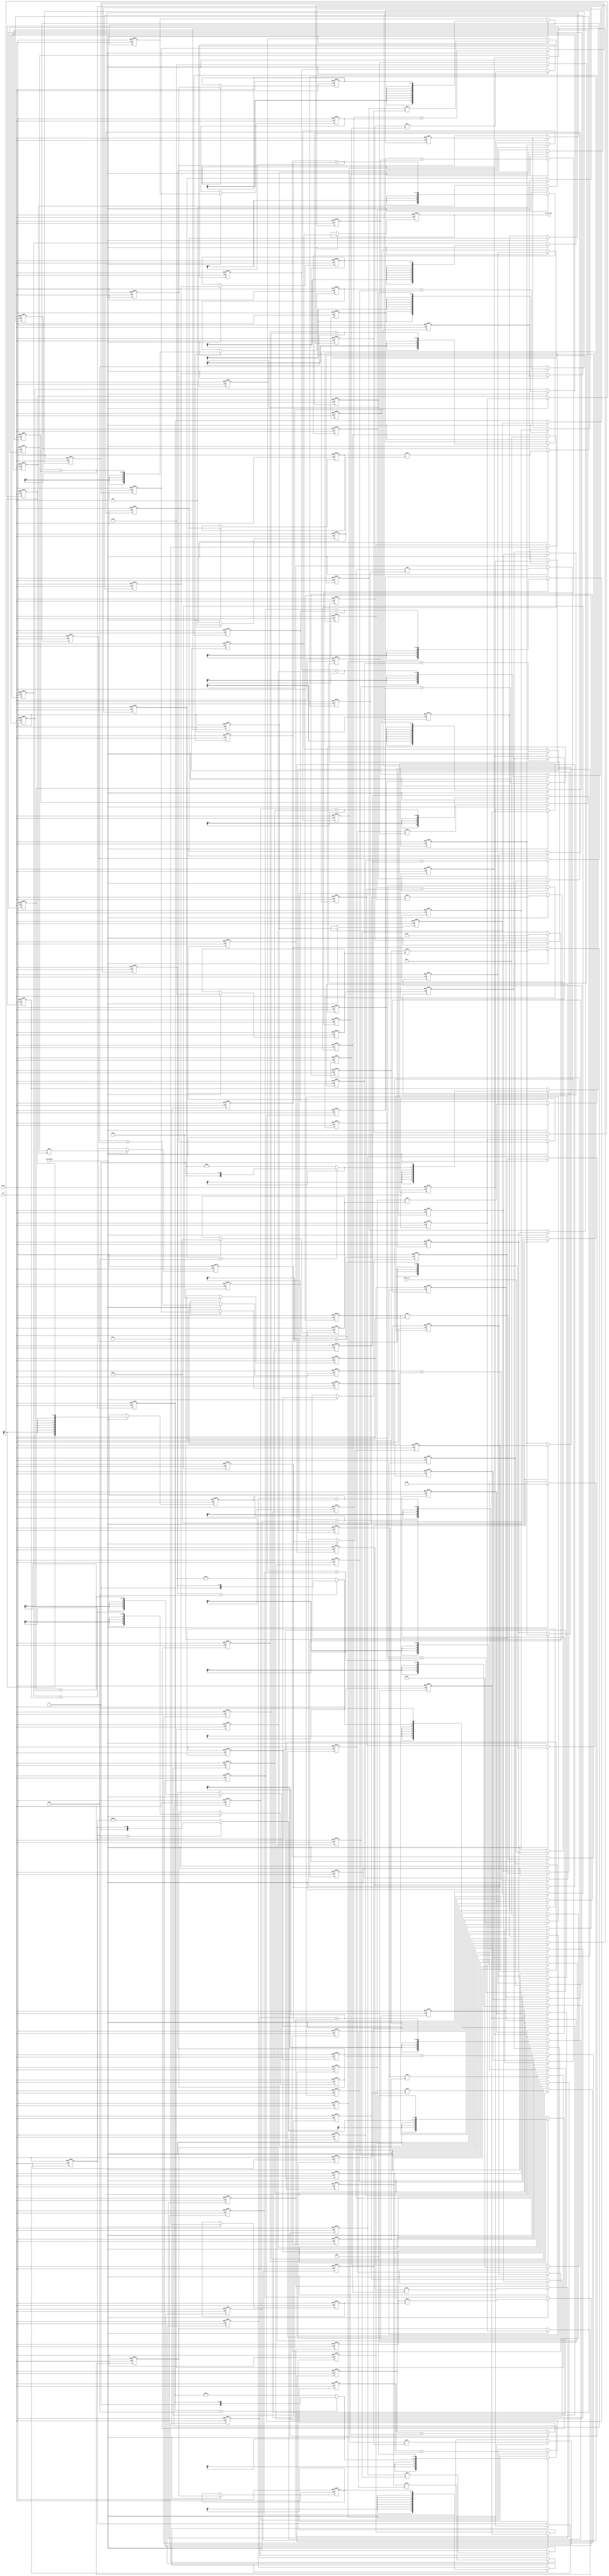
// -------------------------------------------------------------
//
// Module: fir_30_8b_1p
// Generated by MATLAB(R) 9.12 and Filter Design HDL Coder 3.1.11.
// Generated on: 2023-06-22 11:56:31
// -------------------------------------------------------------

// -------------------------------------------------------------
// HDL Code Generation Options:
//
// FIRAdderStyle: tree
// MultiplierInputPipeline: 1
// MultiplierOutputPipeline: 1
// OptimizeForHDL: on
// TargetDirectory: W:\Nikos\UTh\ \Project\FIR_30_Order\8b_fixed_point
// AddPipelineRegisters: on
// Name: fir_30_8b_1p
// InputDataType: numerictype(1,8,0)
// TargetLanguage: Verilog
// TestBenchName: fir_30_8b_1p_tb
// TestBenchStimulus: impulse step ramp chirp noise 

// Filter Specifications:
//
// Sample Rate     : 46 kHz
// Response        : Lowpass
// Specification   : N,Fp,Fst,Ap
// Stopband Edge   : 9.6 kHz
// Filter Order    : 30
// Passband Edge   : 8 kHz
// Passband Ripple : 60 dB
// -------------------------------------------------------------

// -------------------------------------------------------------
// HDL Implementation    : Fully parallel
// Folding Factor        : 1
// -------------------------------------------------------------
// Filter Settings:
//
// Discrete-Time FIR Filter (real)
// -------------------------------
// Filter Structure  : Direct-Form FIR
// Filter Length     : 31
// Stable            : Yes
// Linear Phase      : Yes (Type 1)
// Arithmetic        : fixed
// Numerator         : s8,8 -> [-5.000000e-01 5.000000e-01)
// -------------------------------------------------------------




`timescale 1 ns / 1 ns

module fir_30_8b_1p
               (
                clk,
                clk_enable,
                reset,
                filter_in,
                filter_out
                );

  input   clk; 
  input   clk_enable; 
  input   reset; 
  input   signed [7:0] filter_in; //sfix8
  output  signed [20:0] filter_out; //sfix21_En8

////////////////////////////////////////////////////////////////
//Module Architecture: fir_30_8b_1p
////////////////////////////////////////////////////////////////
  // Local Functions
  // Type Definitions
  // Constants
  parameter signed [7:0] coeff1 = 8'b00000000; //sfix8_En8
  parameter signed [7:0] coeff2 = 8'b00000000; //sfix8_En8
  parameter signed [7:0] coeff3 = 8'b00000001; //sfix8_En8
  parameter signed [7:0] coeff4 = 8'b00000001; //sfix8_En8
  parameter signed [7:0] coeff5 = 8'b00000001; //sfix8_En8
  parameter signed [7:0] coeff6 = 8'b11111110; //sfix8_En8
  parameter signed [7:0] coeff7 = 8'b11111000; //sfix8_En8
  parameter signed [7:0] coeff8 = 8'b11101110; //sfix8_En8
  parameter signed [7:0] coeff9 = 8'b11100001; //sfix8_En8
  parameter signed [7:0] coeff10 = 8'b11011000; //sfix8_En8
  parameter signed [7:0] coeff11 = 8'b11011001; //sfix8_En8
  parameter signed [7:0] coeff12 = 8'b11101001; //sfix8_En8
  parameter signed [7:0] coeff13 = 8'b00000110; //sfix8_En8
  parameter signed [7:0] coeff14 = 8'b00101010; //sfix8_En8
  parameter signed [7:0] coeff15 = 8'b01000111; //sfix8_En8
  parameter signed [7:0] coeff16 = 8'b01010011; //sfix8_En8
  parameter signed [7:0] coeff17 = 8'b01000111; //sfix8_En8
  parameter signed [7:0] coeff18 = 8'b00101010; //sfix8_En8
  parameter signed [7:0] coeff19 = 8'b00000110; //sfix8_En8
  parameter signed [7:0] coeff20 = 8'b11101001; //sfix8_En8
  parameter signed [7:0] coeff21 = 8'b11011001; //sfix8_En8
  parameter signed [7:0] coeff22 = 8'b11011000; //sfix8_En8
  parameter signed [7:0] coeff23 = 8'b11100001; //sfix8_En8
  parameter signed [7:0] coeff24 = 8'b11101110; //sfix8_En8
  parameter signed [7:0] coeff25 = 8'b11111000; //sfix8_En8
  parameter signed [7:0] coeff26 = 8'b11111110; //sfix8_En8
  parameter signed [7:0] coeff27 = 8'b00000001; //sfix8_En8
  parameter signed [7:0] coeff28 = 8'b00000001; //sfix8_En8
  parameter signed [7:0] coeff29 = 8'b00000001; //sfix8_En8
  parameter signed [7:0] coeff30 = 8'b00000000; //sfix8_En8
  parameter signed [7:0] coeff31 = 8'b00000000; //sfix8_En8

  // Signals
  reg  signed [7:0] delay_pipeline [0:30] ; // sfix8
  reg  signed [15:0] product29; // sfix16_En8
  reg  signed [7:0] delay_pipeline_28_pipe; // sfix8
  wire signed [15:0] product29_pipe; // sfix16_En8
  reg  signed [15:0] product28; // sfix16_En8
  reg  signed [7:0] delay_pipeline_27_pipe; // sfix8
  wire signed [15:0] product28_pipe; // sfix16_En8
  reg  signed [15:0] product27; // sfix16_En8
  reg  signed [7:0] delay_pipeline_26_pipe; // sfix8
  wire signed [15:0] product27_pipe; // sfix16_En8
  reg  signed [15:0] product26; // sfix16_En8
  reg  signed [7:0] delay_pipeline_25_pipe; // sfix8
  wire signed [15:0] product26_pipe; // sfix16_En8
  wire signed [8:0] mulpwr2_temp; // sfix9
  reg  signed [15:0] product25; // sfix16_En8
  reg  signed [7:0] delay_pipeline_24_pipe; // sfix8
  wire signed [15:0] product25_pipe; // sfix16_En8
  wire signed [8:0] mulpwr2_temp_1; // sfix9
  wire signed [15:0] product24; // sfix16_En8
  reg  signed [7:0] delay_pipeline_23_under_pipe; // sfix8
  reg  signed [7:0] coeff24_pipe; // sfix8_En8
  reg  signed [15:0] product24_pipe; // sfix16_En8
  wire signed [15:0] product23; // sfix16_En8
  reg  signed [7:0] delay_pipeline_22_under_pipe; // sfix8
  reg  signed [7:0] coeff23_pipe; // sfix8_En8
  reg  signed [15:0] product23_pipe; // sfix16_En8
  wire signed [15:0] product22; // sfix16_En8
  reg  signed [7:0] delay_pipeline_21_under_pipe; // sfix8
  reg  signed [7:0] coeff22_pipe; // sfix8_En8
  reg  signed [15:0] product22_pipe; // sfix16_En8
  wire signed [15:0] product21; // sfix16_En8
  reg  signed [7:0] delay_pipeline_20_under_pipe; // sfix8
  reg  signed [7:0] coeff21_pipe; // sfix8_En8
  reg  signed [15:0] product21_pipe; // sfix16_En8
  wire signed [15:0] product20; // sfix16_En8
  reg  signed [7:0] delay_pipeline_19_under_pipe; // sfix8
  reg  signed [7:0] coeff20_pipe; // sfix8_En8
  reg  signed [15:0] product20_pipe; // sfix16_En8
  wire signed [15:0] product19; // sfix16_En8
  reg  signed [7:0] delay_pipeline_18_under_pipe; // sfix8
  reg  signed [7:0] coeff19_pipe; // sfix8_En8
  reg  signed [15:0] product19_pipe; // sfix16_En8
  wire signed [15:0] product18; // sfix16_En8
  reg  signed [7:0] delay_pipeline_17_under_pipe; // sfix8
  reg  signed [7:0] coeff18_pipe; // sfix8_En8
  reg  signed [15:0] product18_pipe; // sfix16_En8
  wire signed [15:0] product17; // sfix16_En8
  reg  signed [7:0] delay_pipeline_16_under_pipe; // sfix8
  reg  signed [7:0] coeff17_pipe; // sfix8_En8
  reg  signed [15:0] product17_pipe; // sfix16_En8
  wire signed [15:0] product16; // sfix16_En8
  reg  signed [7:0] delay_pipeline_15_under_pipe; // sfix8
  reg  signed [7:0] coeff16_pipe; // sfix8_En8
  reg  signed [15:0] product16_pipe; // sfix16_En8
  wire signed [15:0] product15; // sfix16_En8
  reg  signed [7:0] delay_pipeline_14_under_pipe; // sfix8
  reg  signed [7:0] coeff15_pipe; // sfix8_En8
  reg  signed [15:0] product15_pipe; // sfix16_En8
  wire signed [15:0] product14; // sfix16_En8
  reg  signed [7:0] delay_pipeline_13_under_pipe; // sfix8
  reg  signed [7:0] coeff14_pipe; // sfix8_En8
  reg  signed [15:0] product14_pipe; // sfix16_En8
  wire signed [15:0] product13; // sfix16_En8
  reg  signed [7:0] delay_pipeline_12_under_pipe; // sfix8
  reg  signed [7:0] coeff13_pipe; // sfix8_En8
  reg  signed [15:0] product13_pipe; // sfix16_En8
  wire signed [15:0] product12; // sfix16_En8
  reg  signed [7:0] delay_pipeline_11_under_pipe; // sfix8
  reg  signed [7:0] coeff12_pipe; // sfix8_En8
  reg  signed [15:0] product12_pipe; // sfix16_En8
  wire signed [15:0] product11; // sfix16_En8
  reg  signed [7:0] delay_pipeline_10_under_pipe; // sfix8
  reg  signed [7:0] coeff11_pipe; // sfix8_En8
  reg  signed [15:0] product11_pipe; // sfix16_En8
  wire signed [15:0] product10; // sfix16_En8
  reg  signed [7:0] delay_pipeline_9_under_pipe; // sfix8
  reg  signed [7:0] coeff10_pipe; // sfix8_En8
  reg  signed [15:0] product10_pipe; // sfix16_En8
  wire signed [15:0] product9; // sfix16_En8
  reg  signed [7:0] delay_pipeline_8_under_pipe; // sfix8
  reg  signed [7:0] coeff9_pipe; // sfix8_En8
  reg  signed [15:0] product9_pipe; // sfix16_En8
  wire signed [15:0] product8; // sfix16_En8
  reg  signed [7:0] delay_pipeline_7_under_pipe; // sfix8
  reg  signed [7:0] coeff8_pipe; // sfix8_En8
  reg  signed [15:0] product8_pipe; // sfix16_En8
  reg  signed [15:0] product7; // sfix16_En8
  reg  signed [7:0] delay_pipeline_6_pipe; // sfix8
  wire signed [15:0] product7_pipe; // sfix16_En8
  wire signed [8:0] mulpwr2_temp_2; // sfix9
  reg  signed [15:0] product6; // sfix16_En8
  reg  signed [7:0] delay_pipeline_5_pipe; // sfix8
  wire signed [15:0] product6_pipe; // sfix16_En8
  wire signed [8:0] mulpwr2_temp_3; // sfix9
  reg  signed [15:0] product5; // sfix16_En8
  reg  signed [7:0] delay_pipeline_4_pipe; // sfix8
  wire signed [15:0] product5_pipe; // sfix16_En8
  reg  signed [15:0] product4; // sfix16_En8
  reg  signed [7:0] delay_pipeline_3_pipe; // sfix8
  wire signed [15:0] product4_pipe; // sfix16_En8
  reg  signed [15:0] product3; // sfix16_En8
  reg  signed [7:0] delay_pipeline_2_pipe; // sfix8
  wire signed [15:0] product3_pipe; // sfix16_En8
  wire signed [20:0] sum_final; // sfix21_En8
  wire signed [20:0] sum1_1; // sfix21_En8
  wire signed [15:0] add_signext; // sfix16_En8
  wire signed [15:0] add_signext_1; // sfix16_En8
  wire signed [16:0] add_temp; // sfix17_En8
  reg  signed [20:0] sumpipe1_1; // sfix21_En8
  wire signed [20:0] sum1_2; // sfix21_En8
  wire signed [15:0] add_signext_2; // sfix16_En8
  wire signed [15:0] add_signext_3; // sfix16_En8
  wire signed [16:0] add_temp_1; // sfix17_En8
  reg  signed [20:0] sumpipe1_2; // sfix21_En8
  wire signed [20:0] sum1_3; // sfix21_En8
  wire signed [15:0] add_signext_4; // sfix16_En8
  wire signed [15:0] add_signext_5; // sfix16_En8
  wire signed [16:0] add_temp_2; // sfix17_En8
  reg  signed [20:0] sumpipe1_3; // sfix21_En8
  wire signed [20:0] sum1_4; // sfix21_En8
  wire signed [15:0] add_signext_6; // sfix16_En8
  wire signed [15:0] add_signext_7; // sfix16_En8
  wire signed [16:0] add_temp_3; // sfix17_En8
  reg  signed [20:0] sumpipe1_4; // sfix21_En8
  wire signed [20:0] sum1_5; // sfix21_En8
  wire signed [15:0] add_signext_8; // sfix16_En8
  wire signed [15:0] add_signext_9; // sfix16_En8
  wire signed [16:0] add_temp_4; // sfix17_En8
  reg  signed [20:0] sumpipe1_5; // sfix21_En8
  wire signed [20:0] sum1_6; // sfix21_En8
  wire signed [15:0] add_signext_10; // sfix16_En8
  wire signed [15:0] add_signext_11; // sfix16_En8
  wire signed [16:0] add_temp_5; // sfix17_En8
  reg  signed [20:0] sumpipe1_6; // sfix21_En8
  wire signed [20:0] sum1_7; // sfix21_En8
  wire signed [15:0] add_signext_12; // sfix16_En8
  wire signed [15:0] add_signext_13; // sfix16_En8
  wire signed [16:0] add_temp_6; // sfix17_En8
  reg  signed [20:0] sumpipe1_7; // sfix21_En8
  wire signed [20:0] sum1_8; // sfix21_En8
  wire signed [15:0] add_signext_14; // sfix16_En8
  wire signed [15:0] add_signext_15; // sfix16_En8
  wire signed [16:0] add_temp_7; // sfix17_En8
  reg  signed [20:0] sumpipe1_8; // sfix21_En8
  wire signed [20:0] sum1_9; // sfix21_En8
  wire signed [15:0] add_signext_16; // sfix16_En8
  wire signed [15:0] add_signext_17; // sfix16_En8
  wire signed [16:0] add_temp_8; // sfix17_En8
  reg  signed [20:0] sumpipe1_9; // sfix21_En8
  wire signed [20:0] sum1_10; // sfix21_En8
  wire signed [15:0] add_signext_18; // sfix16_En8
  wire signed [15:0] add_signext_19; // sfix16_En8
  wire signed [16:0] add_temp_9; // sfix17_En8
  reg  signed [20:0] sumpipe1_10; // sfix21_En8
  wire signed [20:0] sum1_11; // sfix21_En8
  wire signed [15:0] add_signext_20; // sfix16_En8
  wire signed [15:0] add_signext_21; // sfix16_En8
  wire signed [16:0] add_temp_10; // sfix17_En8
  reg  signed [20:0] sumpipe1_11; // sfix21_En8
  wire signed [20:0] sum1_12; // sfix21_En8
  wire signed [15:0] add_signext_22; // sfix16_En8
  wire signed [15:0] add_signext_23; // sfix16_En8
  wire signed [16:0] add_temp_11; // sfix17_En8
  reg  signed [20:0] sumpipe1_12; // sfix21_En8
  wire signed [20:0] sum1_13; // sfix21_En8
  wire signed [15:0] add_signext_24; // sfix16_En8
  wire signed [15:0] add_signext_25; // sfix16_En8
  wire signed [16:0] add_temp_12; // sfix17_En8
  reg  signed [20:0] sumpipe1_13; // sfix21_En8
  reg  signed [15:0] sumpipe1_14; // sfix16_En8
  wire signed [20:0] sum2_1; // sfix21_En8
  wire signed [20:0] add_signext_26; // sfix21_En8
  wire signed [20:0] add_signext_27; // sfix21_En8
  wire signed [21:0] add_temp_13; // sfix22_En8
  reg  signed [20:0] sumpipe2_1; // sfix21_En8
  wire signed [20:0] sum2_2; // sfix21_En8
  wire signed [20:0] add_signext_28; // sfix21_En8
  wire signed [20:0] add_signext_29; // sfix21_En8
  wire signed [21:0] add_temp_14; // sfix22_En8
  reg  signed [20:0] sumpipe2_2; // sfix21_En8
  wire signed [20:0] sum2_3; // sfix21_En8
  wire signed [20:0] add_signext_30; // sfix21_En8
  wire signed [20:0] add_signext_31; // sfix21_En8
  wire signed [21:0] add_temp_15; // sfix22_En8
  reg  signed [20:0] sumpipe2_3; // sfix21_En8
  wire signed [20:0] sum2_4; // sfix21_En8
  wire signed [20:0] add_signext_32; // sfix21_En8
  wire signed [20:0] add_signext_33; // sfix21_En8
  wire signed [21:0] add_temp_16; // sfix22_En8
  reg  signed [20:0] sumpipe2_4; // sfix21_En8
  wire signed [20:0] sum2_5; // sfix21_En8
  wire signed [20:0] add_signext_34; // sfix21_En8
  wire signed [20:0] add_signext_35; // sfix21_En8
  wire signed [21:0] add_temp_17; // sfix22_En8
  reg  signed [20:0] sumpipe2_5; // sfix21_En8
  wire signed [20:0] sum2_6; // sfix21_En8
  wire signed [20:0] add_signext_36; // sfix21_En8
  wire signed [20:0] add_signext_37; // sfix21_En8
  wire signed [21:0] add_temp_18; // sfix22_En8
  reg  signed [20:0] sumpipe2_6; // sfix21_En8
  wire signed [20:0] sum2_7; // sfix21_En8
  wire signed [20:0] add_signext_38; // sfix21_En8
  wire signed [20:0] add_signext_39; // sfix21_En8
  wire signed [21:0] add_temp_19; // sfix22_En8
  reg  signed [20:0] sumpipe2_7; // sfix21_En8
  wire signed [20:0] sum3_1; // sfix21_En8
  wire signed [20:0] add_signext_40; // sfix21_En8
  wire signed [20:0] add_signext_41; // sfix21_En8
  wire signed [21:0] add_temp_20; // sfix22_En8
  reg  signed [20:0] sumpipe3_1; // sfix21_En8
  wire signed [20:0] sum3_2; // sfix21_En8
  wire signed [20:0] add_signext_42; // sfix21_En8
  wire signed [20:0] add_signext_43; // sfix21_En8
  wire signed [21:0] add_temp_21; // sfix22_En8
  reg  signed [20:0] sumpipe3_2; // sfix21_En8
  wire signed [20:0] sum3_3; // sfix21_En8
  wire signed [20:0] add_signext_44; // sfix21_En8
  wire signed [20:0] add_signext_45; // sfix21_En8
  wire signed [21:0] add_temp_22; // sfix22_En8
  reg  signed [20:0] sumpipe3_3; // sfix21_En8
  reg  signed [20:0] sumpipe3_4; // sfix21_En8
  wire signed [20:0] sum4_1; // sfix21_En8
  wire signed [20:0] add_signext_46; // sfix21_En8
  wire signed [20:0] add_signext_47; // sfix21_En8
  wire signed [21:0] add_temp_23; // sfix22_En8
  reg  signed [20:0] sumpipe4_1; // sfix21_En8
  wire signed [20:0] sum4_2; // sfix21_En8
  wire signed [20:0] add_signext_48; // sfix21_En8
  wire signed [20:0] add_signext_49; // sfix21_En8
  wire signed [21:0] add_temp_24; // sfix22_En8
  reg  signed [20:0] sumpipe4_2; // sfix21_En8
  wire signed [20:0] sum5_1; // sfix21_En8
  wire signed [20:0] add_signext_50; // sfix21_En8
  wire signed [20:0] add_signext_51; // sfix21_En8
  wire signed [21:0] add_temp_25; // sfix22_En8
  reg  signed [20:0] sumpipe5_1; // sfix21_En8
  reg  signed [20:0] output_register; // sfix21_En8

  // Block Statements
  always @( posedge clk or posedge reset)
    begin: Delay_Pipeline_process
      if (reset == 1'b1) begin
        delay_pipeline[0] <= 0;
        delay_pipeline[1] <= 0;
        delay_pipeline[2] <= 0;
        delay_pipeline[3] <= 0;
        delay_pipeline[4] <= 0;
        delay_pipeline[5] <= 0;
        delay_pipeline[6] <= 0;
        delay_pipeline[7] <= 0;
        delay_pipeline[8] <= 0;
        delay_pipeline[9] <= 0;
        delay_pipeline[10] <= 0;
        delay_pipeline[11] <= 0;
        delay_pipeline[12] <= 0;
        delay_pipeline[13] <= 0;
        delay_pipeline[14] <= 0;
        delay_pipeline[15] <= 0;
        delay_pipeline[16] <= 0;
        delay_pipeline[17] <= 0;
        delay_pipeline[18] <= 0;
        delay_pipeline[19] <= 0;
        delay_pipeline[20] <= 0;
        delay_pipeline[21] <= 0;
        delay_pipeline[22] <= 0;
        delay_pipeline[23] <= 0;
        delay_pipeline[24] <= 0;
        delay_pipeline[25] <= 0;
        delay_pipeline[26] <= 0;
        delay_pipeline[27] <= 0;
        delay_pipeline[28] <= 0;
        delay_pipeline[29] <= 0;
        delay_pipeline[30] <= 0;
      end
      else begin
        if (clk_enable == 1'b1) begin
          delay_pipeline[0] <= filter_in;
          delay_pipeline[1] <= delay_pipeline[0];
          delay_pipeline[2] <= delay_pipeline[1];
          delay_pipeline[3] <= delay_pipeline[2];
          delay_pipeline[4] <= delay_pipeline[3];
          delay_pipeline[5] <= delay_pipeline[4];
          delay_pipeline[6] <= delay_pipeline[5];
          delay_pipeline[7] <= delay_pipeline[6];
          delay_pipeline[8] <= delay_pipeline[7];
          delay_pipeline[9] <= delay_pipeline[8];
          delay_pipeline[10] <= delay_pipeline[9];
          delay_pipeline[11] <= delay_pipeline[10];
          delay_pipeline[12] <= delay_pipeline[11];
          delay_pipeline[13] <= delay_pipeline[12];
          delay_pipeline[14] <= delay_pipeline[13];
          delay_pipeline[15] <= delay_pipeline[14];
          delay_pipeline[16] <= delay_pipeline[15];
          delay_pipeline[17] <= delay_pipeline[16];
          delay_pipeline[18] <= delay_pipeline[17];
          delay_pipeline[19] <= delay_pipeline[18];
          delay_pipeline[20] <= delay_pipeline[19];
          delay_pipeline[21] <= delay_pipeline[20];
          delay_pipeline[22] <= delay_pipeline[21];
          delay_pipeline[23] <= delay_pipeline[22];
          delay_pipeline[24] <= delay_pipeline[23];
          delay_pipeline[25] <= delay_pipeline[24];
          delay_pipeline[26] <= delay_pipeline[25];
          delay_pipeline[27] <= delay_pipeline[26];
          delay_pipeline[28] <= delay_pipeline[27];
          delay_pipeline[29] <= delay_pipeline[28];
          delay_pipeline[30] <= delay_pipeline[29];
        end
      end
    end // Delay_Pipeline_process


  always @ (posedge clk or posedge reset)
    begin: temp_process1
      if (reset == 1'b1) begin
        delay_pipeline_28_pipe <= 0;
      end
      else begin
        if (clk_enable == 1'b1) begin
          delay_pipeline_28_pipe <= delay_pipeline[28];
        end
      end
    end // temp_process1
  always @ (posedge clk or posedge reset)
    begin: temp_process2
      if (reset == 1'b1) begin
        product29 <= 0;
      end
      else begin
        if (clk_enable == 1'b1) begin
          product29 <= product29_pipe;
        end
      end
    end // temp_process2
  assign product29_pipe = $signed({{8{delay_pipeline_28_pipe[7]}}, delay_pipeline_28_pipe});

  always @ (posedge clk or posedge reset)
    begin: temp_process3
      if (reset == 1'b1) begin
        delay_pipeline_27_pipe <= 0;
      end
      else begin
        if (clk_enable == 1'b1) begin
          delay_pipeline_27_pipe <= delay_pipeline[27];
        end
      end
    end // temp_process3
  always @ (posedge clk or posedge reset)
    begin: temp_process4
      if (reset == 1'b1) begin
        product28 <= 0;
      end
      else begin
        if (clk_enable == 1'b1) begin
          product28 <= product28_pipe;
        end
      end
    end // temp_process4
  assign product28_pipe = $signed({{8{delay_pipeline_27_pipe[7]}}, delay_pipeline_27_pipe});

  always @ (posedge clk or posedge reset)
    begin: temp_process5
      if (reset == 1'b1) begin
        delay_pipeline_26_pipe <= 0;
      end
      else begin
        if (clk_enable == 1'b1) begin
          delay_pipeline_26_pipe <= delay_pipeline[26];
        end
      end
    end // temp_process5
  always @ (posedge clk or posedge reset)
    begin: temp_process6
      if (reset == 1'b1) begin
        product27 <= 0;
      end
      else begin
        if (clk_enable == 1'b1) begin
          product27 <= product27_pipe;
        end
      end
    end // temp_process6
  assign product27_pipe = $signed({{8{delay_pipeline_26_pipe[7]}}, delay_pipeline_26_pipe});

  always @ (posedge clk or posedge reset)
    begin: temp_process7
      if (reset == 1'b1) begin
        delay_pipeline_25_pipe <= 0;
      end
      else begin
        if (clk_enable == 1'b1) begin
          delay_pipeline_25_pipe <= delay_pipeline[25];
        end
      end
    end // temp_process7
  always @ (posedge clk or posedge reset)
    begin: temp_process8
      if (reset == 1'b1) begin
        product26 <= 0;
      end
      else begin
        if (clk_enable == 1'b1) begin
          product26 <= product26_pipe;
        end
      end
    end // temp_process8
  assign mulpwr2_temp = (delay_pipeline_25_pipe==8'b10000000) ? $signed({1'b0, delay_pipeline_25_pipe}) : -delay_pipeline_25_pipe;

  assign product26_pipe = $signed({mulpwr2_temp[8:0], 1'b0});

  always @ (posedge clk or posedge reset)
    begin: temp_process9
      if (reset == 1'b1) begin
        delay_pipeline_24_pipe <= 0;
      end
      else begin
        if (clk_enable == 1'b1) begin
          delay_pipeline_24_pipe <= delay_pipeline[24];
        end
      end
    end // temp_process9
  always @ (posedge clk or posedge reset)
    begin: temp_process10
      if (reset == 1'b1) begin
        product25 <= 0;
      end
      else begin
        if (clk_enable == 1'b1) begin
          product25 <= product25_pipe;
        end
      end
    end // temp_process10
  assign mulpwr2_temp_1 = (delay_pipeline_24_pipe==8'b10000000) ? $signed({1'b0, delay_pipeline_24_pipe}) : -delay_pipeline_24_pipe;

  assign product25_pipe = $signed({mulpwr2_temp_1[8:0], 3'b000});

  always @ (posedge clk or posedge reset)
    begin: temp_process11
      if (reset == 1'b1) begin
        delay_pipeline_23_under_pipe <= 0;
        coeff24_pipe <= 0;
        product24_pipe <= 0;
      end
      else begin
        if (clk_enable == 1'b1) begin
          delay_pipeline_23_under_pipe <= delay_pipeline[23];
          coeff24_pipe <= coeff24;

          product24_pipe <= delay_pipeline_23_under_pipe * coeff24_pipe;

        end
      end
    end // temp_process11

  assign product24 = product24_pipe;

  always @ (posedge clk or posedge reset)
    begin: temp_process12
      if (reset == 1'b1) begin
        delay_pipeline_22_under_pipe <= 0;
        coeff23_pipe <= 0;
        product23_pipe <= 0;
      end
      else begin
        if (clk_enable == 1'b1) begin
          delay_pipeline_22_under_pipe <= delay_pipeline[22];
          coeff23_pipe <= coeff23;

          product23_pipe <= delay_pipeline_22_under_pipe * coeff23_pipe;

        end
      end
    end // temp_process12

  assign product23 = product23_pipe;

  always @ (posedge clk or posedge reset)
    begin: temp_process13
      if (reset == 1'b1) begin
        delay_pipeline_21_under_pipe <= 0;
        coeff22_pipe <= 0;
        product22_pipe <= 0;
      end
      else begin
        if (clk_enable == 1'b1) begin
          delay_pipeline_21_under_pipe <= delay_pipeline[21];
          coeff22_pipe <= coeff22;

          product22_pipe <= delay_pipeline_21_under_pipe * coeff22_pipe;

        end
      end
    end // temp_process13

  assign product22 = product22_pipe;

  always @ (posedge clk or posedge reset)
    begin: temp_process14
      if (reset == 1'b1) begin
        delay_pipeline_20_under_pipe <= 0;
        coeff21_pipe <= 0;
        product21_pipe <= 0;
      end
      else begin
        if (clk_enable == 1'b1) begin
          delay_pipeline_20_under_pipe <= delay_pipeline[20];
          coeff21_pipe <= coeff21;

          product21_pipe <= delay_pipeline_20_under_pipe * coeff21_pipe;

        end
      end
    end // temp_process14

  assign product21 = product21_pipe;

  always @ (posedge clk or posedge reset)
    begin: temp_process15
      if (reset == 1'b1) begin
        delay_pipeline_19_under_pipe <= 0;
        coeff20_pipe <= 0;
        product20_pipe <= 0;
      end
      else begin
        if (clk_enable == 1'b1) begin
          delay_pipeline_19_under_pipe <= delay_pipeline[19];
          coeff20_pipe <= coeff20;

          product20_pipe <= delay_pipeline_19_under_pipe * coeff20_pipe;

        end
      end
    end // temp_process15

  assign product20 = product20_pipe;

  always @ (posedge clk or posedge reset)
    begin: temp_process16
      if (reset == 1'b1) begin
        delay_pipeline_18_under_pipe <= 0;
        coeff19_pipe <= 0;
        product19_pipe <= 0;
      end
      else begin
        if (clk_enable == 1'b1) begin
          delay_pipeline_18_under_pipe <= delay_pipeline[18];
          coeff19_pipe <= coeff19;

          product19_pipe <= delay_pipeline_18_under_pipe * coeff19_pipe;

        end
      end
    end // temp_process16

  assign product19 = product19_pipe;

  always @ (posedge clk or posedge reset)
    begin: temp_process17
      if (reset == 1'b1) begin
        delay_pipeline_17_under_pipe <= 0;
        coeff18_pipe <= 0;
        product18_pipe <= 0;
      end
      else begin
        if (clk_enable == 1'b1) begin
          delay_pipeline_17_under_pipe <= delay_pipeline[17];
          coeff18_pipe <= coeff18;

          product18_pipe <= delay_pipeline_17_under_pipe * coeff18_pipe;

        end
      end
    end // temp_process17

  assign product18 = product18_pipe;

  always @ (posedge clk or posedge reset)
    begin: temp_process18
      if (reset == 1'b1) begin
        delay_pipeline_16_under_pipe <= 0;
        coeff17_pipe <= 0;
        product17_pipe <= 0;
      end
      else begin
        if (clk_enable == 1'b1) begin
          delay_pipeline_16_under_pipe <= delay_pipeline[16];
          coeff17_pipe <= coeff17;

          product17_pipe <= delay_pipeline_16_under_pipe * coeff17_pipe;

        end
      end
    end // temp_process18

  assign product17 = product17_pipe;

  always @ (posedge clk or posedge reset)
    begin: temp_process19
      if (reset == 1'b1) begin
        delay_pipeline_15_under_pipe <= 0;
        coeff16_pipe <= 0;
        product16_pipe <= 0;
      end
      else begin
        if (clk_enable == 1'b1) begin
          delay_pipeline_15_under_pipe <= delay_pipeline[15];
          coeff16_pipe <= coeff16;

          product16_pipe <= delay_pipeline_15_under_pipe * coeff16_pipe;

        end
      end
    end // temp_process19

  assign product16 = product16_pipe;

  always @ (posedge clk or posedge reset)
    begin: temp_process20
      if (reset == 1'b1) begin
        delay_pipeline_14_under_pipe <= 0;
        coeff15_pipe <= 0;
        product15_pipe <= 0;
      end
      else begin
        if (clk_enable == 1'b1) begin
          delay_pipeline_14_under_pipe <= delay_pipeline[14];
          coeff15_pipe <= coeff15;

          product15_pipe <= delay_pipeline_14_under_pipe * coeff15_pipe;

        end
      end
    end // temp_process20

  assign product15 = product15_pipe;

  always @ (posedge clk or posedge reset)
    begin: temp_process21
      if (reset == 1'b1) begin
        delay_pipeline_13_under_pipe <= 0;
        coeff14_pipe <= 0;
        product14_pipe <= 0;
      end
      else begin
        if (clk_enable == 1'b1) begin
          delay_pipeline_13_under_pipe <= delay_pipeline[13];
          coeff14_pipe <= coeff14;

          product14_pipe <= delay_pipeline_13_under_pipe * coeff14_pipe;

        end
      end
    end // temp_process21

  assign product14 = product14_pipe;

  always @ (posedge clk or posedge reset)
    begin: temp_process22
      if (reset == 1'b1) begin
        delay_pipeline_12_under_pipe <= 0;
        coeff13_pipe <= 0;
        product13_pipe <= 0;
      end
      else begin
        if (clk_enable == 1'b1) begin
          delay_pipeline_12_under_pipe <= delay_pipeline[12];
          coeff13_pipe <= coeff13;

          product13_pipe <= delay_pipeline_12_under_pipe * coeff13_pipe;

        end
      end
    end // temp_process22

  assign product13 = product13_pipe;

  always @ (posedge clk or posedge reset)
    begin: temp_process23
      if (reset == 1'b1) begin
        delay_pipeline_11_under_pipe <= 0;
        coeff12_pipe <= 0;
        product12_pipe <= 0;
      end
      else begin
        if (clk_enable == 1'b1) begin
          delay_pipeline_11_under_pipe <= delay_pipeline[11];
          coeff12_pipe <= coeff12;

          product12_pipe <= delay_pipeline_11_under_pipe * coeff12_pipe;

        end
      end
    end // temp_process23

  assign product12 = product12_pipe;

  always @ (posedge clk or posedge reset)
    begin: temp_process24
      if (reset == 1'b1) begin
        delay_pipeline_10_under_pipe <= 0;
        coeff11_pipe <= 0;
        product11_pipe <= 0;
      end
      else begin
        if (clk_enable == 1'b1) begin
          delay_pipeline_10_under_pipe <= delay_pipeline[10];
          coeff11_pipe <= coeff11;

          product11_pipe <= delay_pipeline_10_under_pipe * coeff11_pipe;

        end
      end
    end // temp_process24

  assign product11 = product11_pipe;

  always @ (posedge clk or posedge reset)
    begin: temp_process25
      if (reset == 1'b1) begin
        delay_pipeline_9_under_pipe <= 0;
        coeff10_pipe <= 0;
        product10_pipe <= 0;
      end
      else begin
        if (clk_enable == 1'b1) begin
          delay_pipeline_9_under_pipe <= delay_pipeline[9];
          coeff10_pipe <= coeff10;

          product10_pipe <= delay_pipeline_9_under_pipe * coeff10_pipe;

        end
      end
    end // temp_process25

  assign product10 = product10_pipe;

  always @ (posedge clk or posedge reset)
    begin: temp_process26
      if (reset == 1'b1) begin
        delay_pipeline_8_under_pipe <= 0;
        coeff9_pipe <= 0;
        product9_pipe <= 0;
      end
      else begin
        if (clk_enable == 1'b1) begin
          delay_pipeline_8_under_pipe <= delay_pipeline[8];
          coeff9_pipe <= coeff9;

          product9_pipe <= delay_pipeline_8_under_pipe * coeff9_pipe;

        end
      end
    end // temp_process26

  assign product9 = product9_pipe;

  always @ (posedge clk or posedge reset)
    begin: temp_process27
      if (reset == 1'b1) begin
        delay_pipeline_7_under_pipe <= 0;
        coeff8_pipe <= 0;
        product8_pipe <= 0;
      end
      else begin
        if (clk_enable == 1'b1) begin
          delay_pipeline_7_under_pipe <= delay_pipeline[7];
          coeff8_pipe <= coeff8;

          product8_pipe <= delay_pipeline_7_under_pipe * coeff8_pipe;

        end
      end
    end // temp_process27

  assign product8 = product8_pipe;

  always @ (posedge clk or posedge reset)
    begin: temp_process28
      if (reset == 1'b1) begin
        delay_pipeline_6_pipe <= 0;
      end
      else begin
        if (clk_enable == 1'b1) begin
          delay_pipeline_6_pipe <= delay_pipeline[6];
        end
      end
    end // temp_process28
  always @ (posedge clk or posedge reset)
    begin: temp_process29
      if (reset == 1'b1) begin
        product7 <= 0;
      end
      else begin
        if (clk_enable == 1'b1) begin
          product7 <= product7_pipe;
        end
      end
    end // temp_process29
  assign mulpwr2_temp_2 = (delay_pipeline_6_pipe==8'b10000000) ? $signed({1'b0, delay_pipeline_6_pipe}) : -delay_pipeline_6_pipe;

  assign product7_pipe = $signed({mulpwr2_temp_2[8:0], 3'b000});

  always @ (posedge clk or posedge reset)
    begin: temp_process30
      if (reset == 1'b1) begin
        delay_pipeline_5_pipe <= 0;
      end
      else begin
        if (clk_enable == 1'b1) begin
          delay_pipeline_5_pipe <= delay_pipeline[5];
        end
      end
    end // temp_process30
  always @ (posedge clk or posedge reset)
    begin: temp_process31
      if (reset == 1'b1) begin
        product6 <= 0;
      end
      else begin
        if (clk_enable == 1'b1) begin
          product6 <= product6_pipe;
        end
      end
    end // temp_process31
  assign mulpwr2_temp_3 = (delay_pipeline_5_pipe==8'b10000000) ? $signed({1'b0, delay_pipeline_5_pipe}) : -delay_pipeline_5_pipe;

  assign product6_pipe = $signed({mulpwr2_temp_3[8:0], 1'b0});

  always @ (posedge clk or posedge reset)
    begin: temp_process32
      if (reset == 1'b1) begin
        delay_pipeline_4_pipe <= 0;
      end
      else begin
        if (clk_enable == 1'b1) begin
          delay_pipeline_4_pipe <= delay_pipeline[4];
        end
      end
    end // temp_process32
  always @ (posedge clk or posedge reset)
    begin: temp_process33
      if (reset == 1'b1) begin
        product5 <= 0;
      end
      else begin
        if (clk_enable == 1'b1) begin
          product5 <= product5_pipe;
        end
      end
    end // temp_process33
  assign product5_pipe = $signed({{8{delay_pipeline_4_pipe[7]}}, delay_pipeline_4_pipe});

  always @ (posedge clk or posedge reset)
    begin: temp_process34
      if (reset == 1'b1) begin
        delay_pipeline_3_pipe <= 0;
      end
      else begin
        if (clk_enable == 1'b1) begin
          delay_pipeline_3_pipe <= delay_pipeline[3];
        end
      end
    end // temp_process34
  always @ (posedge clk or posedge reset)
    begin: temp_process35
      if (reset == 1'b1) begin
        product4 <= 0;
      end
      else begin
        if (clk_enable == 1'b1) begin
          product4 <= product4_pipe;
        end
      end
    end // temp_process35
  assign product4_pipe = $signed({{8{delay_pipeline_3_pipe[7]}}, delay_pipeline_3_pipe});

  always @ (posedge clk or posedge reset)
    begin: temp_process36
      if (reset == 1'b1) begin
        delay_pipeline_2_pipe <= 0;
      end
      else begin
        if (clk_enable == 1'b1) begin
          delay_pipeline_2_pipe <= delay_pipeline[2];
        end
      end
    end // temp_process36
  always @ (posedge clk or posedge reset)
    begin: temp_process37
      if (reset == 1'b1) begin
        product3 <= 0;
      end
      else begin
        if (clk_enable == 1'b1) begin
          product3 <= product3_pipe;
        end
      end
    end // temp_process37
  assign product3_pipe = $signed({{8{delay_pipeline_2_pipe[7]}}, delay_pipeline_2_pipe});

  assign add_signext = product29;
  assign add_signext_1 = product28;
  assign add_temp = add_signext + add_signext_1;
  assign sum1_1 = $signed({{4{add_temp[16]}}, add_temp});

  assign add_signext_2 = product27;
  assign add_signext_3 = product26;
  assign add_temp_1 = add_signext_2 + add_signext_3;
  assign sum1_2 = $signed({{4{add_temp_1[16]}}, add_temp_1});

  assign add_signext_4 = product25;
  assign add_signext_5 = product24;
  assign add_temp_2 = add_signext_4 + add_signext_5;
  assign sum1_3 = $signed({{4{add_temp_2[16]}}, add_temp_2});

  assign add_signext_6 = product23;
  assign add_signext_7 = product22;
  assign add_temp_3 = add_signext_6 + add_signext_7;
  assign sum1_4 = $signed({{4{add_temp_3[16]}}, add_temp_3});

  assign add_signext_8 = product21;
  assign add_signext_9 = product20;
  assign add_temp_4 = add_signext_8 + add_signext_9;
  assign sum1_5 = $signed({{4{add_temp_4[16]}}, add_temp_4});

  assign add_signext_10 = product19;
  assign add_signext_11 = product18;
  assign add_temp_5 = add_signext_10 + add_signext_11;
  assign sum1_6 = $signed({{4{add_temp_5[16]}}, add_temp_5});

  assign add_signext_12 = product17;
  assign add_signext_13 = product16;
  assign add_temp_6 = add_signext_12 + add_signext_13;
  assign sum1_7 = $signed({{4{add_temp_6[16]}}, add_temp_6});

  assign add_signext_14 = product15;
  assign add_signext_15 = product14;
  assign add_temp_7 = add_signext_14 + add_signext_15;
  assign sum1_8 = $signed({{4{add_temp_7[16]}}, add_temp_7});

  assign add_signext_16 = product13;
  assign add_signext_17 = product12;
  assign add_temp_8 = add_signext_16 + add_signext_17;
  assign sum1_9 = $signed({{4{add_temp_8[16]}}, add_temp_8});

  assign add_signext_18 = product11;
  assign add_signext_19 = product10;
  assign add_temp_9 = add_signext_18 + add_signext_19;
  assign sum1_10 = $signed({{4{add_temp_9[16]}}, add_temp_9});

  assign add_signext_20 = product9;
  assign add_signext_21 = product8;
  assign add_temp_10 = add_signext_20 + add_signext_21;
  assign sum1_11 = $signed({{4{add_temp_10[16]}}, add_temp_10});

  assign add_signext_22 = product7;
  assign add_signext_23 = product6;
  assign add_temp_11 = add_signext_22 + add_signext_23;
  assign sum1_12 = $signed({{4{add_temp_11[16]}}, add_temp_11});

  assign add_signext_24 = product5;
  assign add_signext_25 = product4;
  assign add_temp_12 = add_signext_24 + add_signext_25;
  assign sum1_13 = $signed({{4{add_temp_12[16]}}, add_temp_12});

  always @ (posedge clk or posedge reset)
    begin: temp_process38
      if (reset == 1'b1) begin
        sumpipe1_1 <= 0;
        sumpipe1_2 <= 0;
        sumpipe1_3 <= 0;
        sumpipe1_4 <= 0;
        sumpipe1_5 <= 0;
        sumpipe1_6 <= 0;
        sumpipe1_7 <= 0;
        sumpipe1_8 <= 0;
        sumpipe1_9 <= 0;
        sumpipe1_10 <= 0;
        sumpipe1_11 <= 0;
        sumpipe1_12 <= 0;
        sumpipe1_13 <= 0;
        sumpipe1_14 <= 0;
      end
      else begin
        if (clk_enable == 1'b1) begin
          sumpipe1_1 <= sum1_1;
          sumpipe1_2 <= sum1_2;
          sumpipe1_3 <= sum1_3;
          sumpipe1_4 <= sum1_4;
          sumpipe1_5 <= sum1_5;
          sumpipe1_6 <= sum1_6;
          sumpipe1_7 <= sum1_7;
          sumpipe1_8 <= sum1_8;
          sumpipe1_9 <= sum1_9;
          sumpipe1_10 <= sum1_10;
          sumpipe1_11 <= sum1_11;
          sumpipe1_12 <= sum1_12;
          sumpipe1_13 <= sum1_13;
          sumpipe1_14 <= product3;
        end
      end
    end // temp_process38

  assign add_signext_26 = sumpipe1_1;
  assign add_signext_27 = sumpipe1_2;
  assign add_temp_13 = add_signext_26 + add_signext_27;
  assign sum2_1 = add_temp_13[20:0];

  assign add_signext_28 = sumpipe1_3;
  assign add_signext_29 = sumpipe1_4;
  assign add_temp_14 = add_signext_28 + add_signext_29;
  assign sum2_2 = add_temp_14[20:0];

  assign add_signext_30 = sumpipe1_5;
  assign add_signext_31 = sumpipe1_6;
  assign add_temp_15 = add_signext_30 + add_signext_31;
  assign sum2_3 = add_temp_15[20:0];

  assign add_signext_32 = sumpipe1_7;
  assign add_signext_33 = sumpipe1_8;
  assign add_temp_16 = add_signext_32 + add_signext_33;
  assign sum2_4 = add_temp_16[20:0];

  assign add_signext_34 = sumpipe1_9;
  assign add_signext_35 = sumpipe1_10;
  assign add_temp_17 = add_signext_34 + add_signext_35;
  assign sum2_5 = add_temp_17[20:0];

  assign add_signext_36 = sumpipe1_11;
  assign add_signext_37 = sumpipe1_12;
  assign add_temp_18 = add_signext_36 + add_signext_37;
  assign sum2_6 = add_temp_18[20:0];

  assign add_signext_38 = sumpipe1_13;
  assign add_signext_39 = $signed({{5{sumpipe1_14[15]}}, sumpipe1_14});
  assign add_temp_19 = add_signext_38 + add_signext_39;
  assign sum2_7 = add_temp_19[20:0];

  always @ (posedge clk or posedge reset)
    begin: temp_process39
      if (reset == 1'b1) begin
        sumpipe2_1 <= 0;
        sumpipe2_2 <= 0;
        sumpipe2_3 <= 0;
        sumpipe2_4 <= 0;
        sumpipe2_5 <= 0;
        sumpipe2_6 <= 0;
        sumpipe2_7 <= 0;
      end
      else begin
        if (clk_enable == 1'b1) begin
          sumpipe2_1 <= sum2_1;
          sumpipe2_2 <= sum2_2;
          sumpipe2_3 <= sum2_3;
          sumpipe2_4 <= sum2_4;
          sumpipe2_5 <= sum2_5;
          sumpipe2_6 <= sum2_6;
          sumpipe2_7 <= sum2_7;
        end
      end
    end // temp_process39

  assign add_signext_40 = sumpipe2_1;
  assign add_signext_41 = sumpipe2_2;
  assign add_temp_20 = add_signext_40 + add_signext_41;
  assign sum3_1 = add_temp_20[20:0];

  assign add_signext_42 = sumpipe2_3;
  assign add_signext_43 = sumpipe2_4;
  assign add_temp_21 = add_signext_42 + add_signext_43;
  assign sum3_2 = add_temp_21[20:0];

  assign add_signext_44 = sumpipe2_5;
  assign add_signext_45 = sumpipe2_6;
  assign add_temp_22 = add_signext_44 + add_signext_45;
  assign sum3_3 = add_temp_22[20:0];

  always @ (posedge clk or posedge reset)
    begin: temp_process40
      if (reset == 1'b1) begin
        sumpipe3_1 <= 0;
        sumpipe3_2 <= 0;
        sumpipe3_3 <= 0;
        sumpipe3_4 <= 0;
      end
      else begin
        if (clk_enable == 1'b1) begin
          sumpipe3_1 <= sum3_1;
          sumpipe3_2 <= sum3_2;
          sumpipe3_3 <= sum3_3;
          sumpipe3_4 <= sumpipe2_7;
        end
      end
    end // temp_process40

  assign add_signext_46 = sumpipe3_1;
  assign add_signext_47 = sumpipe3_2;
  assign add_temp_23 = add_signext_46 + add_signext_47;
  assign sum4_1 = add_temp_23[20:0];

  assign add_signext_48 = sumpipe3_3;
  assign add_signext_49 = sumpipe3_4;
  assign add_temp_24 = add_signext_48 + add_signext_49;
  assign sum4_2 = add_temp_24[20:0];

  always @ (posedge clk or posedge reset)
    begin: temp_process41
      if (reset == 1'b1) begin
        sumpipe4_1 <= 0;
        sumpipe4_2 <= 0;
      end
      else begin
        if (clk_enable == 1'b1) begin
          sumpipe4_1 <= sum4_1;
          sumpipe4_2 <= sum4_2;
        end
      end
    end // temp_process41

  assign add_signext_50 = sumpipe4_1;
  assign add_signext_51 = sumpipe4_2;
  assign add_temp_25 = add_signext_50 + add_signext_51;
  assign sum5_1 = add_temp_25[20:0];

  always @ (posedge clk or posedge reset)
    begin: temp_process42
      if (reset == 1'b1) begin
        sumpipe5_1 <= 0;
      end
      else begin
        if (clk_enable == 1'b1) begin
          sumpipe5_1 <= sum5_1;
        end
      end
    end // temp_process42

  assign sum_final = sumpipe5_1;

  always @ (posedge clk or posedge reset)
    begin: Output_Register_process
      if (reset == 1'b1) begin
        output_register <= 0;
      end
      else begin
        if (clk_enable == 1'b1) begin
          output_register <= sum_final;
        end
      end
    end // Output_Register_process

  // Assignment Statements
  assign filter_out = output_register;
endmodule  // fir_30_8b_1p